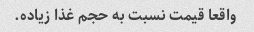
واقعا قیمت نسبت به حجم غذا زیاده.